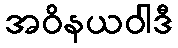
အဝိနယဝါဒီ